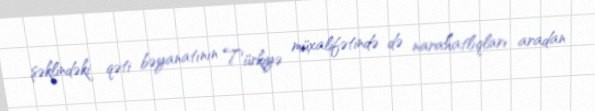
şəklindəki qəti bəyanatının Türkiyə müxalifətində də narahatlıqları aradan